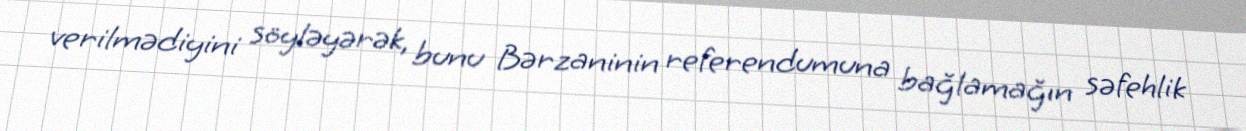
verilmədiyini söyləyərək, bunu Bərzaninin referendumuna bağlamağın səfehlik